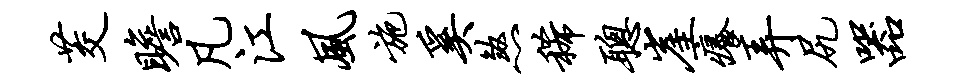
茭瞻凡江风施奚煞稀聪崖痒弄尻器